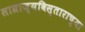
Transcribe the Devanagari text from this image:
साम्राज्यविस्ताराच्या